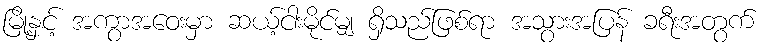
မြို့နှင့် အကွာအဝေးမှာ ဆယ့်ငါးမိုင်မျှ ရှိသည်ဖြစ်ရာ အသွားအပြန် ခရီးအတွက်